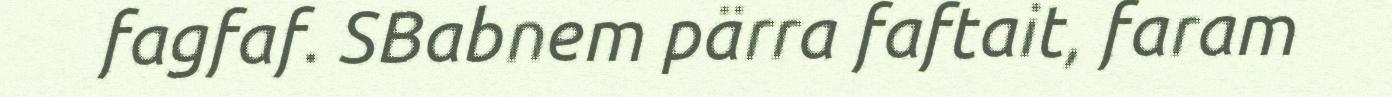
fagfaf. SBabnem pärra faftait, faram